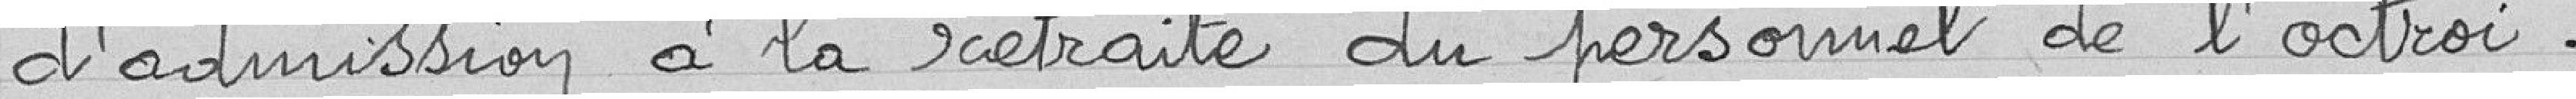
d'admission à la retraite du personnel de l'octroi.